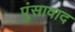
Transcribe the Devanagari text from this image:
पुंसावाद